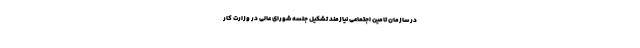
در سازمان تامین اجتماعی نیازمند تشکیل جلسه شورای عالی در وزارت کار